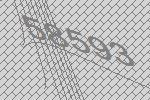
58593